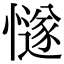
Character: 𢢝